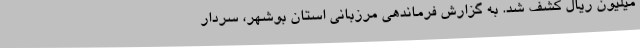
میلیون ریال کشف شد. به گزارش فرماندهی مرزبانی استان بوشهر، سردار